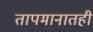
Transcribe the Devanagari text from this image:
तापमानातही